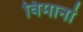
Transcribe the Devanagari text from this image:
विमानां